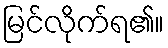
မြင်လိုက်ရ၏။